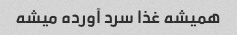
همیشه غذا سرد آورده میشه